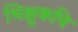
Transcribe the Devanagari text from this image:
भिक्षुकपि